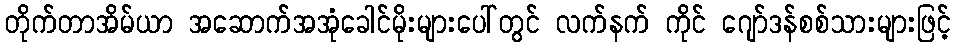
တိုက်တာအိမ်ယာ အဆောက်အအုံခေါင်မိုးများပေါ်တွင် လက်နက် ကိုင် ဂျော်ဒန်စစ်သားများဖြင့်